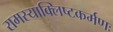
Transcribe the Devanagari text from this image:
रामस्याक्लिष्टकर्मणः